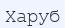
Харуб